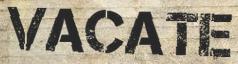
VACATE